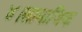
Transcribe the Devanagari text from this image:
४।सामाजिक